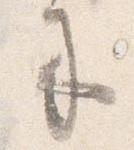
来